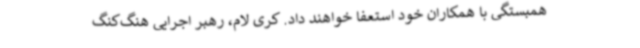
همبستگی با همکاران خود استعفا خواهند داد. کری لام، رهبر اجرایی هنگ‌کنگ